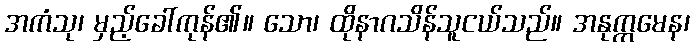
အကံသု၊ မှည့်ခေါ်ကုန်၏။ သော၊ ထိုနာဂသိန်သူငယ်သည်။ အနုက္ကမေန၊